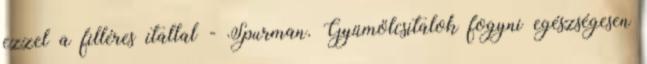
ezzel a filléres itallal - Spurman. Gyümölcsitalok fogyni egészségesen